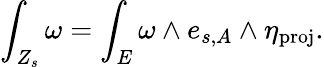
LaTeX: \int_{Z_{s}}\omega=\int_{E}\omega\wedge e_{s,A}\wedge\eta_{\mathrm{proj}}.